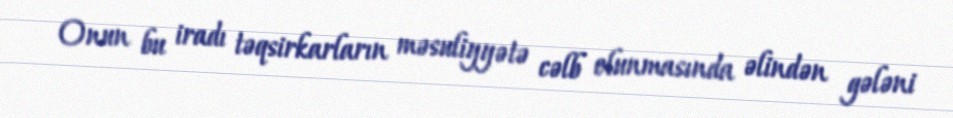
Onun bu iradı təqsirkarların məsuliyyətə cəlb olunmasında əlindən gələni